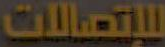
للإتصالات